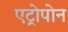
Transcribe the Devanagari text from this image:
एट्रोपोन